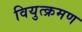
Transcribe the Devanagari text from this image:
वियुत्क्रमण